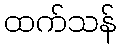
ထက်သန်